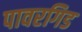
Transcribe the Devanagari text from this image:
पावरगिड